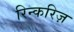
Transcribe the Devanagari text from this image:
रिन्करिज़